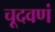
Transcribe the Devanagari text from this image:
चूदवणं